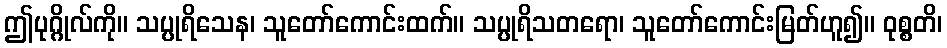
ဤပုဂ္ဂိုလ်ကို။ သပ္ပုရိသေန၊ သူတော်ကောင်းထက်။ သပ္ပုရိသတရော၊ သူတော်ကောင်းမြတ်ဟူ၍။ ဝုစ္စတိ၊